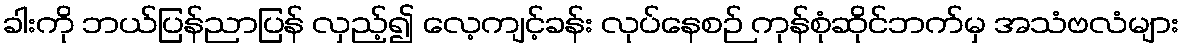
ခါးကို ဘယ်ပြန်ညာပြန် လှည့်၍ လေ့ကျင့်ခန်း လုပ်နေစဉ် ကုန်စုံဆိုင်ဘက်မှ အသံဗလံများ